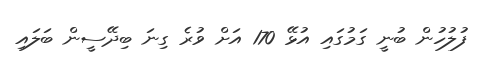
ފުލުހުން ބުނީ ގަމުގައި އުޅޭ 170 އަށް ވުރެ ގިނަ ބިދޭސީން ބަލައި